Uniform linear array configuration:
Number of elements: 8
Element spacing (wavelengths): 0.75
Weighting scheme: hann
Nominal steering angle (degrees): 15
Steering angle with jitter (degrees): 15.003
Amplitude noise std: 0.05
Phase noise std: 0.05

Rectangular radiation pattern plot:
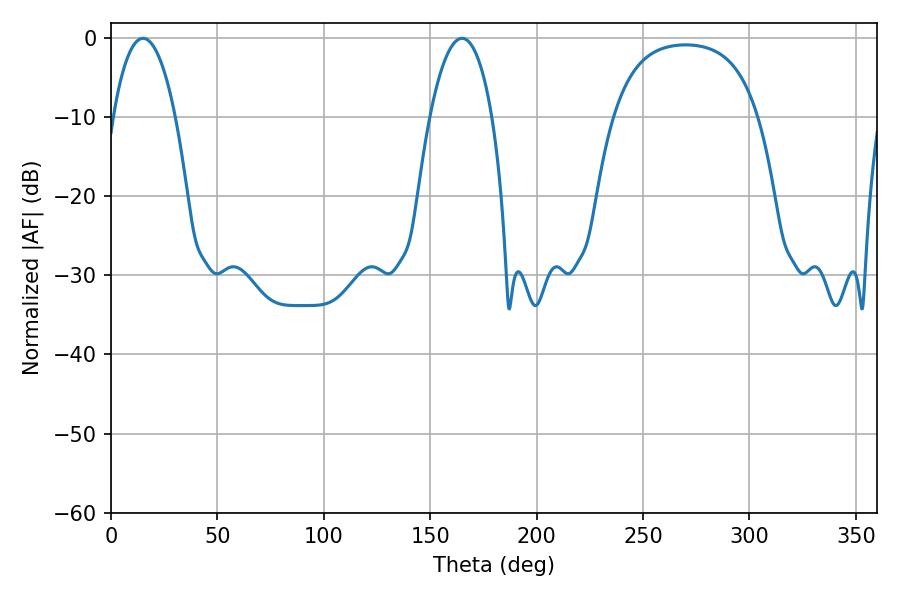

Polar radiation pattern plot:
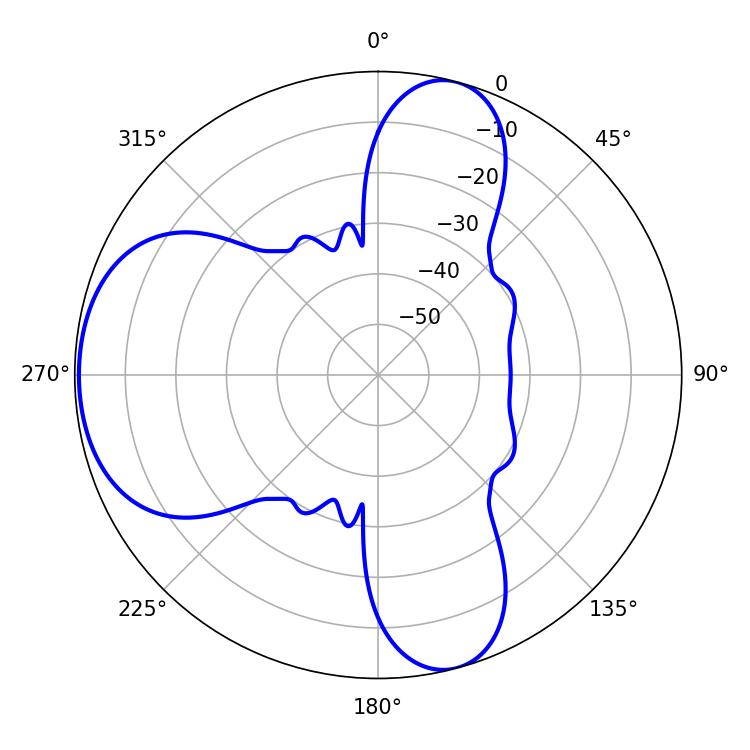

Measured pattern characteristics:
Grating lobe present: TRUE
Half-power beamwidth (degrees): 16.38
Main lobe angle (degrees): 15.12